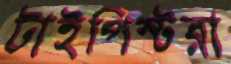
টাইপিস্টরা